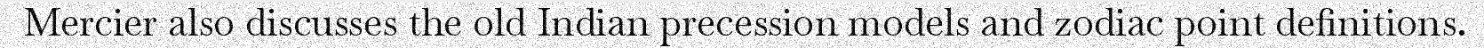
Mercier also discusses the old Indian precession models and zodiac point definitions.